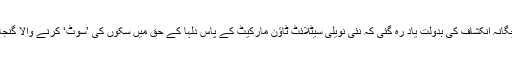
اگلے روز ، لاہور سے گوجرانوالہ تک کی مسافت اس عجیب بچگانہ انکشاف کی بدولت یاد رہ گئی کہ نئی نویلی سیٹلائٹ ٹاؤن مارکیٹ کے پاس دلہا کے حق میں سکوں کی ’سوٹ‘ کرنے والا گنجا آدمی کار کے ساتھ چلتے ہوئے مسلسل اوپر نیچے نہیں ہو رہا ۔